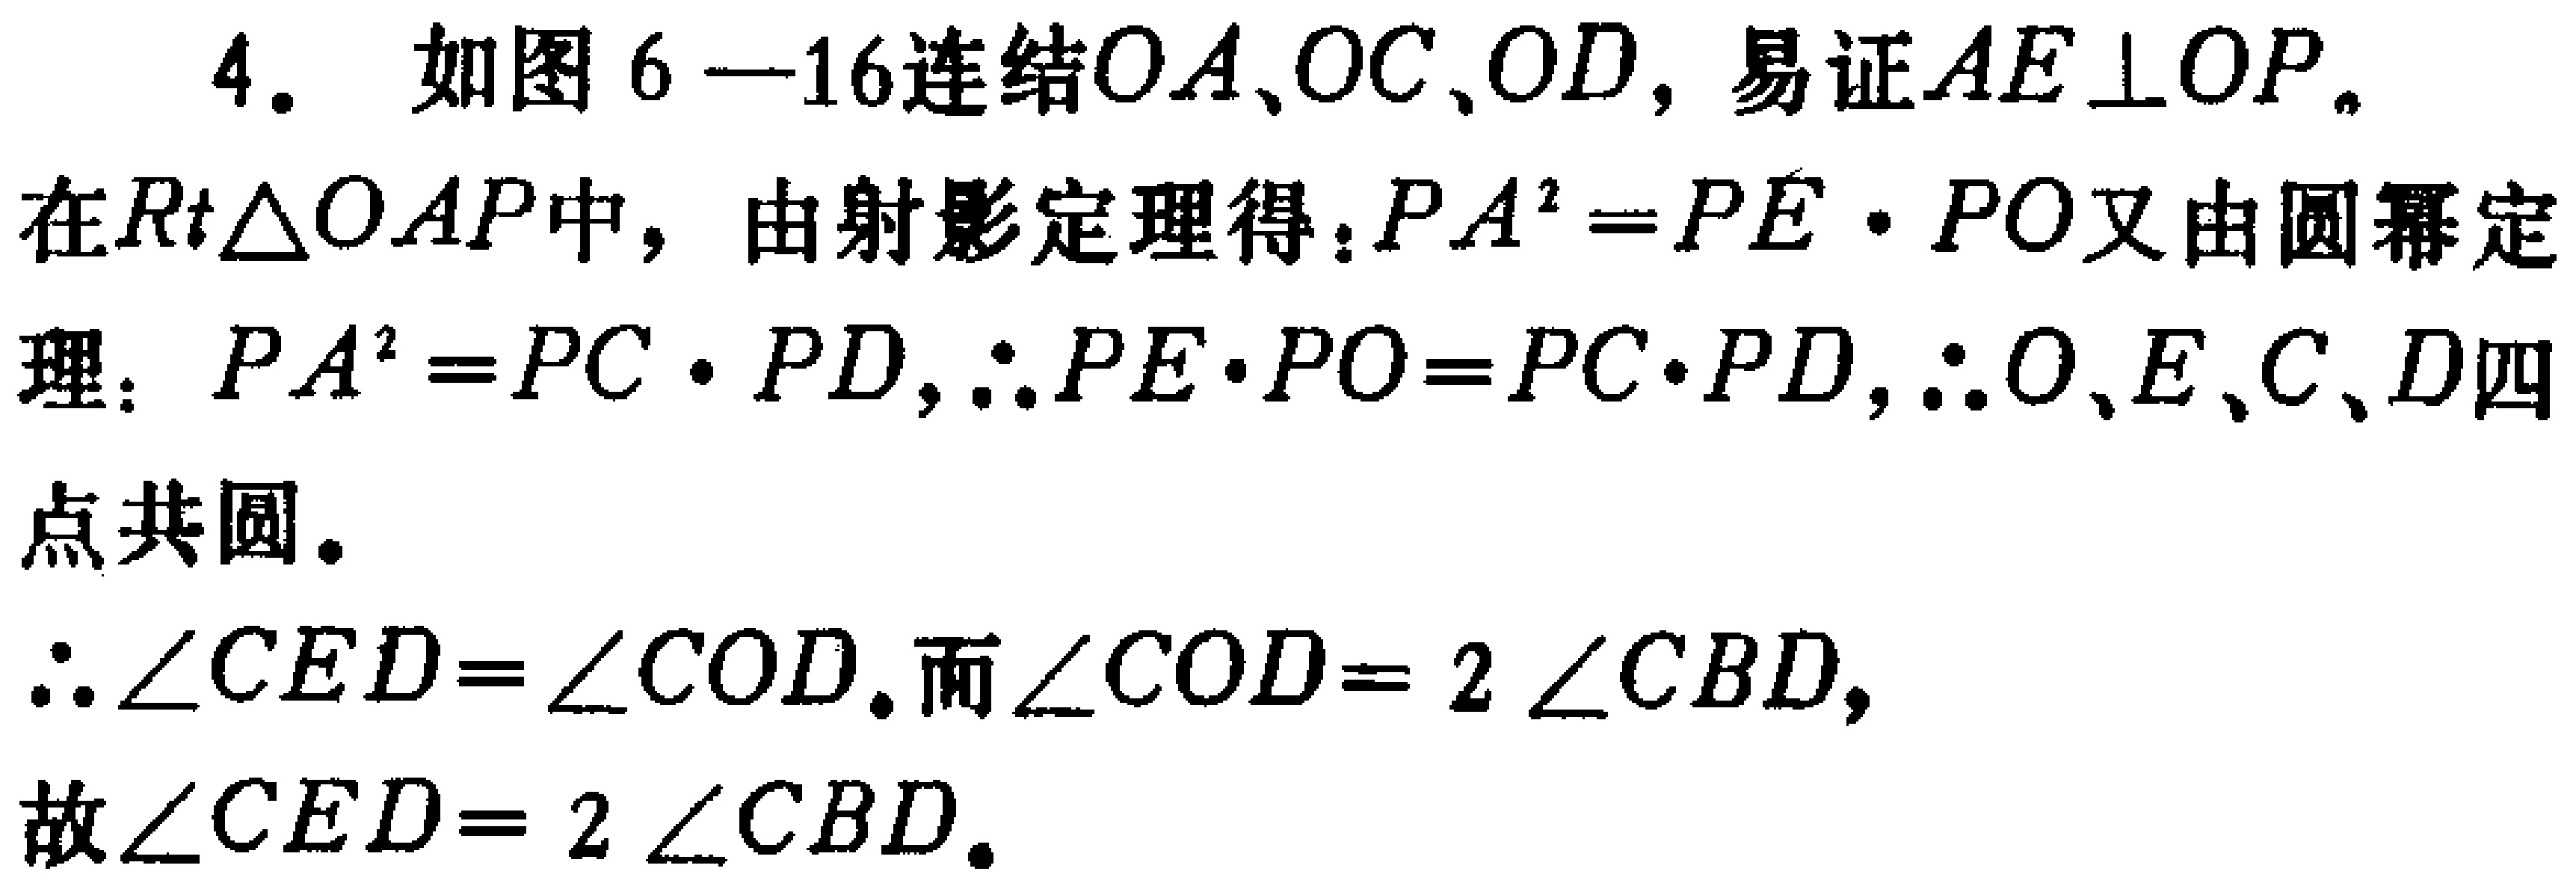
4. 如图6—16连结\(OA\)、\(OC\)、\(OD\)，易证\(AE\perp OP\)。

在\(Rt\triangle OAP\)中，由射影定理得：\(PA^{2}=PE\cdot PO\)又由圆幂定理：\(PA^{2}=PC\cdot PD\)，\(\therefore PE\cdot PO = PC\cdot PD\)，\(\therefore O\)、\(E\)、\(C\)、\(D\)四点共圆。

\(\therefore\angle CED=\angle COD\).而\(\angle COD = 2\angle CBD\)，

故\(\angle CED = 2\angle CBD\)。